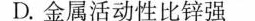
D.金属活动性比锌强